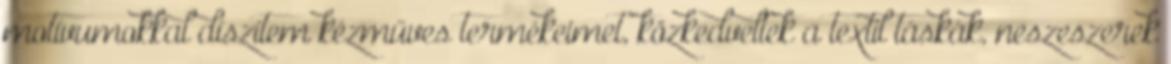
motívumokkal díszítem kézműves termékeimet, közkedveltek a textil táskák, neszeszerek